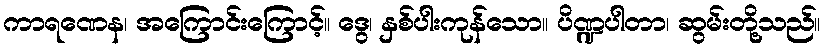
ကာရဏေန၊ အကြောင်းကြောင့်။ ဒွေ၊ နှစ်ပါးကုန်သော။ ပိဏ္ဍပါတာ၊ ဆွမ်းတို့သည်။